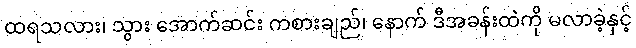
ထရသလား၊ သွား အောက်ဆင်း ကစားချည်၊ နောက် ဒီအခန်းထဲကို မလာခဲ့နှင့်